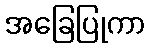
အခြေပြုကာ